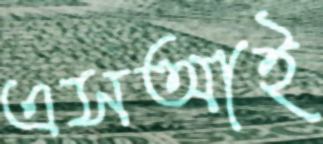
এসআই